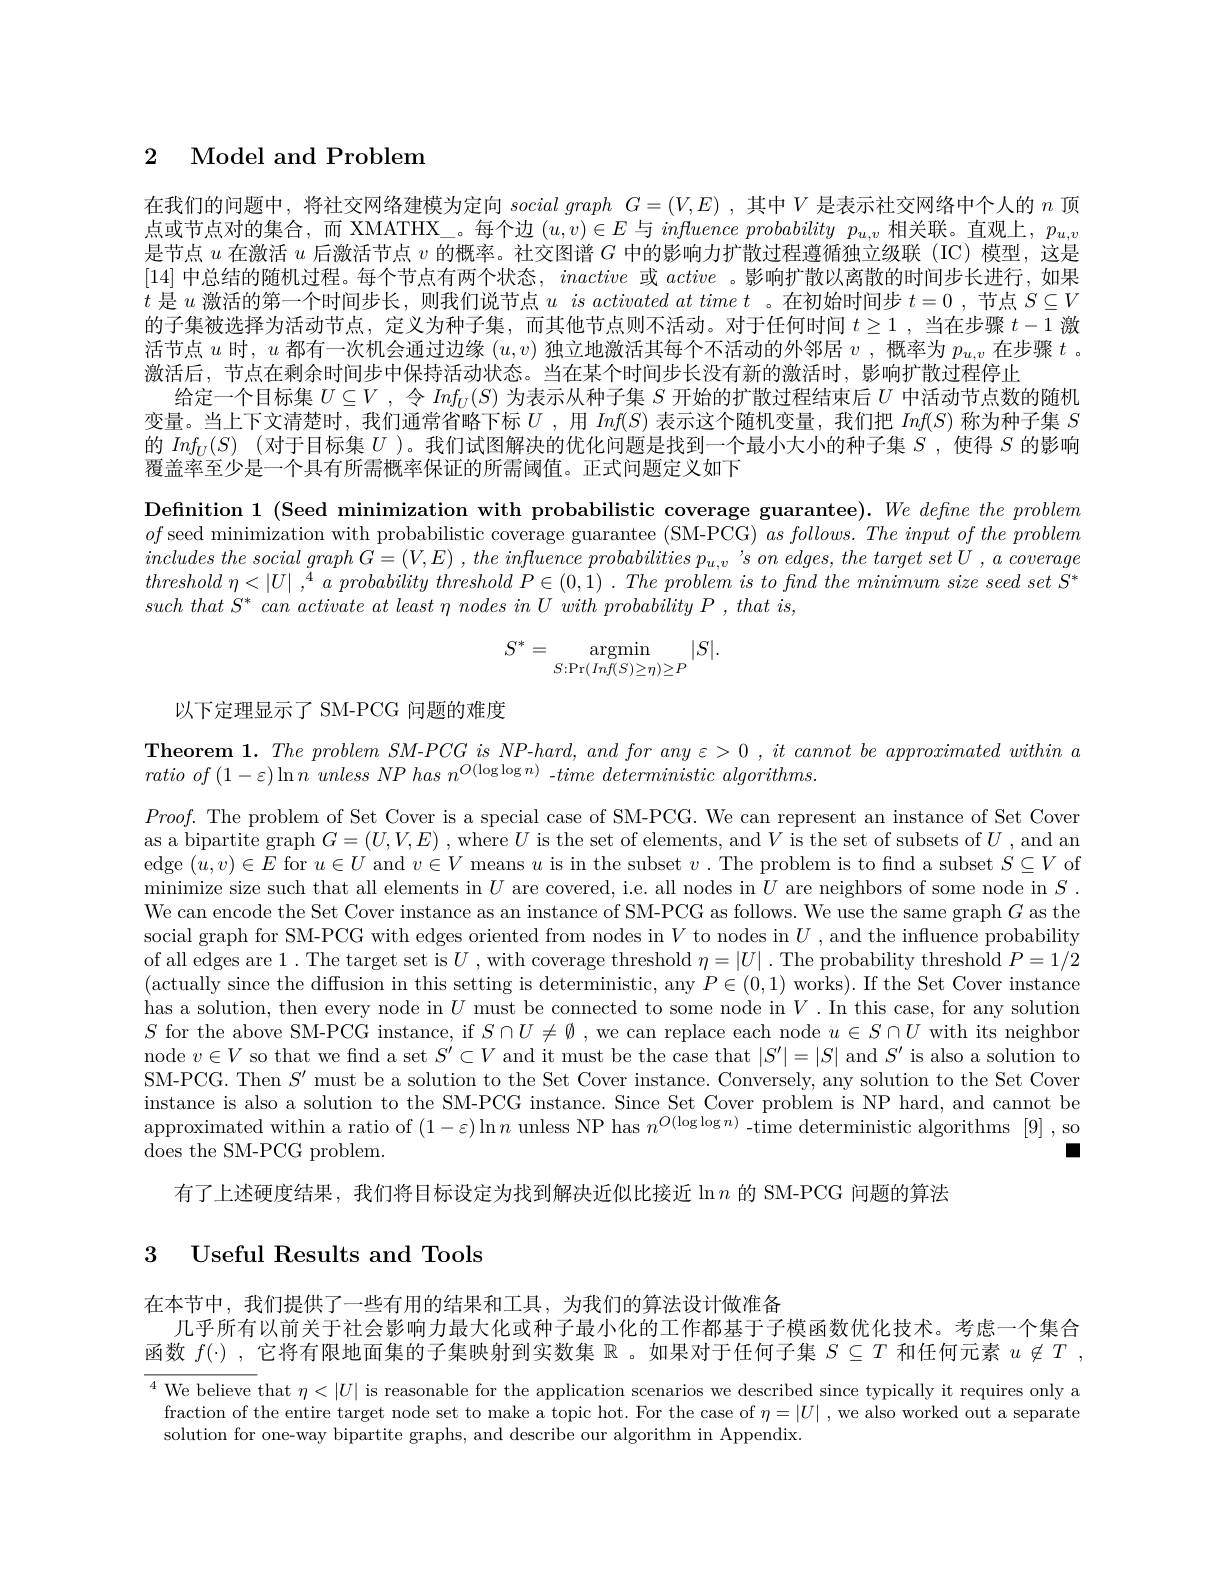
# 2 Model and Problem

在我们的问题中，将社交网络建模为定向$social\textit{ graph }G= ( V, E)$ ,其中$V$是表示社交网络中个人的$n$顶点或节点对的集合，而 XMATHX\_。每个边$(u,v)\in E$与$influence\textit{ probability }p_{u, v}$相关联。直观上，$p_u,v$ 是节点$u$在激活$u$后激活节点$v$的概率。社交图谱$G$中的影响力扩散过程遵循独立级联(IC)模型，这是[14]中总结的随机过程。每个节点有两个状态，inactive或active 。影响扩散以离散的时间步长进行，如果$t$是$u$激活的第一个时间步长，则我们说节点$u$ $is\textit{activated at time t 。在 初 始 时 间 步 }t= 0$ ,节点$S\subseteq V$ 的子集被选择为活动节点，定义为种子集，而其他节点则不活动。对于任何时间$t\geq1$ ,当在步骤$t-1$激活节点$u$时，$u$都有一次机会通过边缘$(u,v)$独立地激活其每个不活动的外邻居$v$ ,概率为$p_u,v$在步骤$t$ 。激活后，节点在剩余时间步中保持活动状态。当在某个时间步长没有新的激活时，影响扩散过程停止
给定一个目标集$U\subseteq V$ ,令$Inf_U(S)$为表示从种子集$S$开始的扩散过程结束后$U$中活动节点数的随机变量。当上下文清楚时，我们通常省略下标$U$ ,用$Inf(S)$表示这个随机变量，我们把$Inf(S)$称为种子集$S$ 的$Inf_U(S)$ (对于目标集$U$ )。我们试图解决的优化问题是找到一个最小大小的种子集$S$ ,使得$S$的影响覆盖率至少是一个具有所需概率保证的所需阈值。正式问题定义如下

Definition 1 (Seed minimization with probabilistic coverage guarantee).We defne the problem $of$ seed minimization with probabilistic coverage guarantee (SM-PCG) $as\textit{ follows. The input of the problem}$ $includesthesocialgraphG= ( V, E)$ $, the$ influence probabilities $p_{u, v}$ $’ s$ $on$ $edges$, the target set $U$ $, a$ coverage threshold $\eta < | U|$ $, ^4$ $a$ probability threshold $P\in ( 0, 1)$ . The problem $is$ $to$ fnd the minimum size seed set $S^*$ such that $S^{* }$ can activate $at$ least $\eta$ nodes $in$ $U$ with probability $P$ , that $is$,
$$S^*=\underset{S:\Pr(Inf(S)\ge\eta)\ge P}{\operatorname*{argmin}}|S|.$$
以下定理显示了 SM-PCG 问题的难度

Theorem 1. The problem $SM$-PCG is NP-hard, and for any $\varepsilon>0,it$ cannot be approximated within a
ratio $of\left ( 1- \varepsilon \right ) \ln n$ unless $NP$ has $n^{O( \log \log n) }$ $- time$ deterministic $algorithms.$

$Proof.$ The problem of Set Cover is a special case of SM-PCG. We can represent an instance of Set Cover as a bipartite graph $G=(U,V,E)$ , where $U$ is the set of elements, and $V$ is the set of subsets of $U$ , and an edge $(u,v)\in E$ for $u\in U$ and $v\in V$ means $u$ is in the subset $v.$ The problem is to find a subset $S\subseteq V$ of minimize size such that all elements in $U$ are covered, i.e. all nodes in $U$ are neighbors of some node in $S.$ We can encode the Set Cover instance as an instance of SM-PCG as follows. We use the same graph $G$ as the social graph for SM-PCG with edges oriented from nodes in $V$ to nodes in $U$ , and the influence probability of all edges are 1. The target set is $U$ , with coverage threshold $\eta=|U|$ . The probability threshold $P=1/2$ (actually since the diffusion in this setting is deterministic, any $P\in(0,1)$ works). If the Set Cover instance has a solution, then every node in $U$ must be connected to some node in $V.$ In this case, for any solution $S$ for the above SM-PCG instance, if $S\cap U\neq\emptyset$ ,we can replace each node $u\in S\cap U$ with its neighbor node $v\in V$ so that we find a set $S^\prime\subset V$ and it must be the case that $|S^\prime|=|S|$ and $S^{\prime}$ is also a solution to SM-PCG. Then $S^\prime$ must be a solution to the Set Cover instance. Conversely, any solution to the Set Cover instance is also a solution to the SM-PCG instance. Since Set Cover problem is NP hard, and cannot be approximated within a ratio of $(1-\varepsilon)\ln n$ unless NP has $n^O(\log\log n)$ -time deterministic algorithms [9],so does the SM-PCG problem.
一

有了上述硬度结果，我们将目标设定为找到解决近似比接近$\ln n$ 的 SM-PCG 问题的算法

## 3 Useful Results and Tools

在本节中，我们提供了一些有用的结果和工具，为我们的算法设计做准备
几乎所有以前关于社会影响力最大化或种子最小化的工作都基于子模函数优化技术。考虑一个集合函数$f(\cdot)$ ,它将有限地面集的子集映射到实数集$\mathbb{R}$ 。如果对于任何子集$S\subseteq T$和任何元素$u\not\in T$ ,

$\overline{^4\text{We believe }}$that $\eta<|U|$ is reasonable for the application scenarios we described since typically it requires only a
fraction of the entire target node set to make a topic hot. For the case of $\eta=|U|$ , we also worked out a separate
solution for one-way bipartite graphs, and describe our algorithm in Appendix